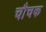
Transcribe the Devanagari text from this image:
चौचक